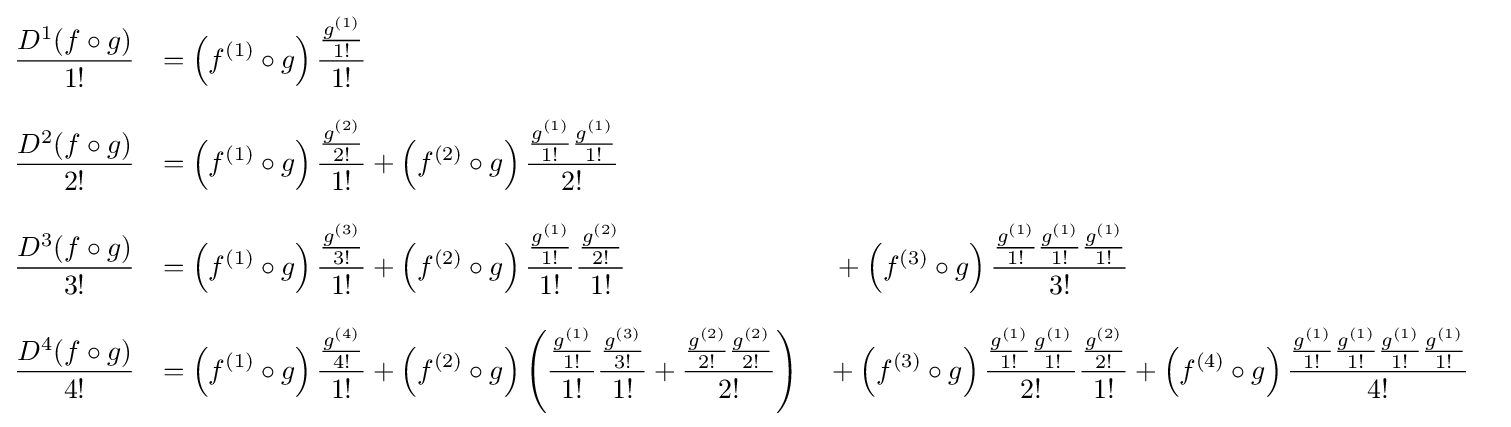
{\begin{aligned}&{\frac {D^{1}(f\circ {}g)}{1!}}&=\left(f^{(1)}\circ {}g\right){\frac {\frac {g^{(1)}}{1!}}{1!}}\\[8pt]&{\frac {D^{2}(f\circ g)}{2!}}&=\left(f^{(1)}\circ {}g\right){\frac {\frac {g^{(2)}}{2!}}{1!}}&{}+\left(f^{(2)}\circ {}g\right){\frac {{\frac {g^{(1)}}{1!}}{\frac {g^{(1)}}{1!}}}{2!}}\\[8pt]&{\frac {D^{3}(f\circ g)}{3!}}&=\left(f^{(1)}\circ {}g\right){\frac {\frac {g^{(3)}}{3!}}{1!}}&{}+\left(f^{(2)}\circ {}g\right){\frac {\frac {g^{(1)}}{1!}}{1!}}{\frac {\frac {g^{(2)}}{2!}}{1!}}&{}+\left(f^{(3)}\circ {}g\right){\frac {{\frac {g^{(1)}}{1!}}{\frac {g^{(1)}}{1!}}{\frac {g^{(1)}}{1!}}}{3!}}\\[8pt]&{\frac {D^{4}(f\circ g)}{4!}}&=\left(f^{(1)}\circ {}g\right){\frac {\frac {g^{(4)}}{4!}}{1!}}&{}+\left(f^{(2)}\circ {}g\right)\left({\frac {\frac {g^{(1)}}{1!}}{1!}}{\frac {\frac {g^{(3)}}{3!}}{1!}}+{\frac {{\frac {g^{(2)}}{2!}}{\frac {g^{(2)}}{2!}}}{2!}}\right)&{}+\left(f^{(3)}\circ {}g\right){\frac {{\frac {g^{(1)}}{1!}}{\frac {g^{(1)}}{1!}}}{2!}}{\frac {\frac {g^{(2)}}{2!}}{1!}}&{}+\left(f^{(4)}\circ {}g\right){\frac {{\frac {g^{(1)}}{1!}}{\frac {g^{(1)}}{1!}}{\frac {g^{(1)}}{1!}}{\frac {g^{(1)}}{1!}}}{4!}}\end{aligned}}